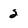
Character: 2